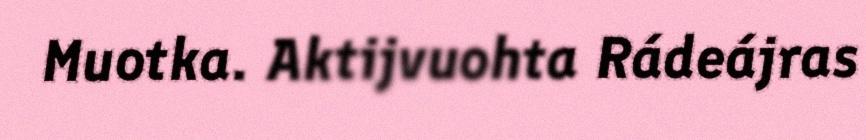
Muotka. Aktijvuohta Rádeájras